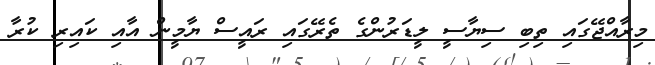
މިރާއްޖޭގައި ތިބި ސިޔާސީ ލީޑަރުންގެ ތެރޭގައި ރައީސް ޔާމީން އާއި ކައިރި ކުރާ